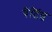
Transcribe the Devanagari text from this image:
पेंटिंग्ज